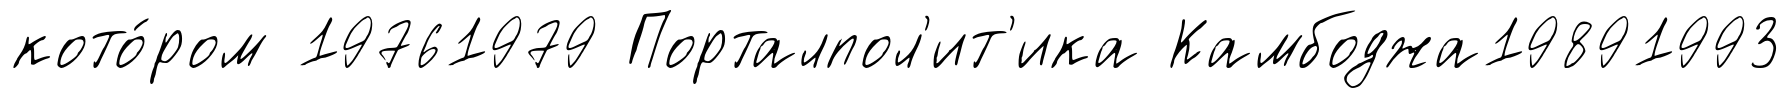
кото́ром 19761979 Порталпол'ит'ика Камбоджа19891993